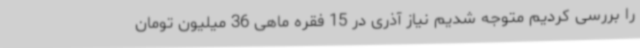
را بررسی کردیم متوجه شدیم نیاز آذری در 15 فقره ماهی 36 میلیون تومان